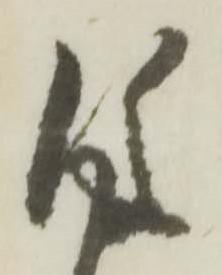
後